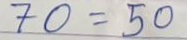
70 = 50